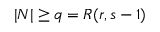
| N | \geq q = R ( r , s - 1 )